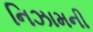
નિઝામની